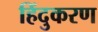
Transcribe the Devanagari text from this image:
हिंदुकरण